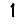
Digit: 1